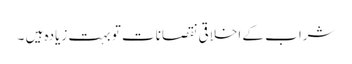
شراب کے اخلاقی نقصانات تو بہت زیادہ ہیں ۔